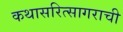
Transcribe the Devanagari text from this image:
कथासरित्सागराची